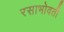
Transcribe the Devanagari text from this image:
रसाभोवती